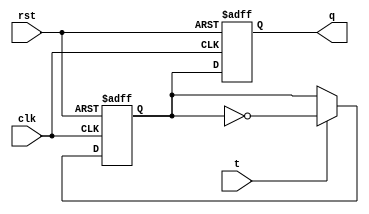
module t_flip_flop(
    input wire clk,
    input wire rst,
    input wire t,
    output reg q
);

reg d_master;
reg d_slave;

// Master Flip-Flop
always @(posedge clk or posedge rst)
begin
    if (rst)
        d_master <= 1'b0;
    else if (t)
        d_master <= ~d_master;
end

// Slave Flip-Flop
always @(negedge clk or posedge rst)
begin
    if (rst)
        d_slave <= 1'b0;
    else
        d_slave <= d_master;
end

// Output
assign q = d_slave;

endmodule